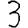
Digit: 3